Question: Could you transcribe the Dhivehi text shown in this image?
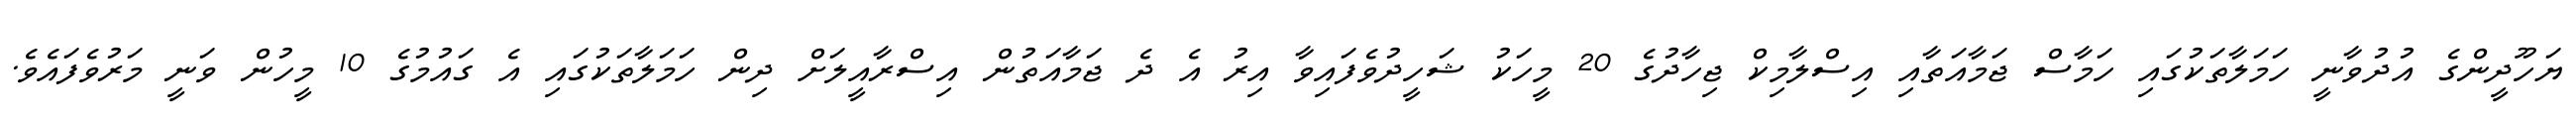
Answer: ޔަހޫދީންގެ އުދުވާނީ ހަމަލާތަކުގައި ހަމާސް ޖަމާއަތާއި އިސްލާމިކް ޖިހާދުގެ 20 މީހަކު ޝަހީދުވެފައިވާ އިރު އެ ދެ ޖަމާއަތުން އިސްރާއީލަށް ދިން ހަމަލާތަކުގައި އެ ގައުމުގެ 10 މީހުން ވަނީ މަރުވެފައެވެ.